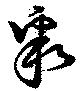
聚